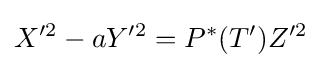
X'^{2}-aY'^{2}=P^{*}(T')Z'^{2}